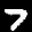
Label: 7